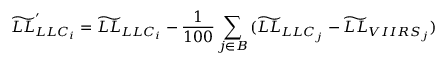
\widetilde { L L } _ { L L C _ { i } } ^ { \prime } = \widetilde { L L } _ { L L C _ { i } } - \frac { 1 } { 1 0 0 } \displaystyle \sum _ { j \in B } { ( \widetilde { L L } } _ { L L C _ { j } } - \widetilde { L L } _ { V I I R S _ { j } } )